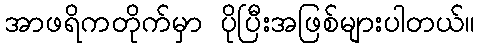
အာဖရိကတိုက်မှာ ပိုပြီးအဖြစ်များပါတယ်။